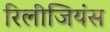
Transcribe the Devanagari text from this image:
रिलीजियंस